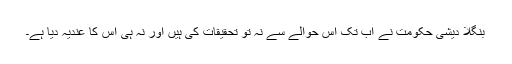
بنگلا دیشی حکومت نے اب تک اس حوالے سے نہ تو تحقیقات کی ہیں اور نہ ہی اِس کا عندیہ دیا ہے۔